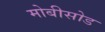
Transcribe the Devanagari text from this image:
मोबीसोड